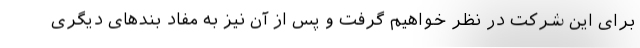
برای این شرکت در نظر خواهیم گرفت و پس از آن نیز به مفاد بندهای دیگری